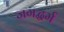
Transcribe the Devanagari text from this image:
जगद्धर्म